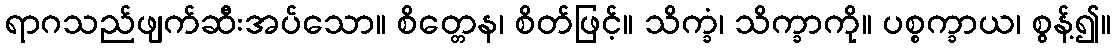
ရာဂသည်ဖျက်ဆီးအပ်သော။ စိတ္တေန၊ စိတ်ဖြင့်။ သိက္ခံ၊ သိက္ခာကို။ ပစ္စက္ခာယ၊ စွန့်၍။